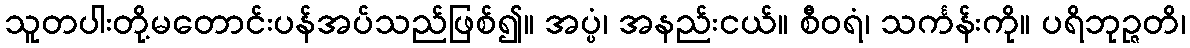
သူတပါးတို့မတောင်းပန်အပ်သည်ဖြစ်၍။ အပ္ပံ၊ အနည်းငယ်။ စီဝရံ၊ သင်္ကန်းကို။ ပရိဘုဉ္ဇတိ၊